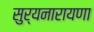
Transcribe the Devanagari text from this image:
सुर्यनारायणा